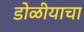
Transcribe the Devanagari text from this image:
डोळीयाचा